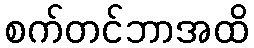
စက်တင်ဘာအထိ